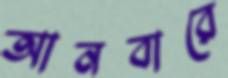
আনবারে